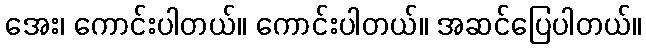
အေး၊ ကောင်းပါတယ်။ ကောင်းပါတယ်။ အဆင်ပြေပါတယ်။